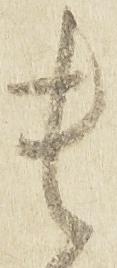
貴